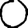
Digit: 0